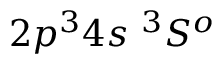
{ 2 p ^ { 3 } 4 s ~ ^ { 3 } S ^ { o } }